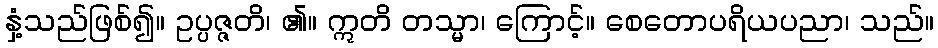
နှံ့သည်ဖြစ်၍။ ဥပ္ပဇ္ဇတိ၊ ၏။ ဣတိ တသ္မာ၊ ကြောင့်။ စေတောပရိယပညာ၊ သည်။